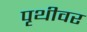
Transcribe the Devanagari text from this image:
पृथीवर